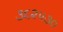
૩૬૨૫૩૦